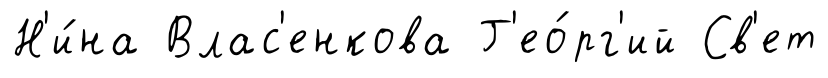
Н'и́на Влас'енкова Г'ео́рг'ий Св'ет